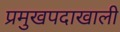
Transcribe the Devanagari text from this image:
प्रमुखपदाखाली